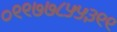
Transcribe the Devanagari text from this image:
०९९७७८५५३९९